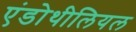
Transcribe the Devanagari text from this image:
एंडोथीलियल